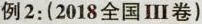
例2：（2018全国Ⅲ卷）